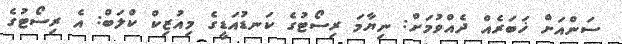
ސަންއަށް ޚަބަރެއް ދެއްވުމަށް: ނިޔާމަ ރިސޯޓުގެ ކަނޑުއަޑީގެ މިއުޒިކް ކްލަބް: އެ ރިސޯޓުގެ